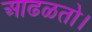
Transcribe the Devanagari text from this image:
आढळतो।